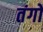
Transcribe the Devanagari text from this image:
तंगो